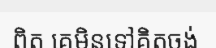
ពិត គេមិនទៅគិតចង់